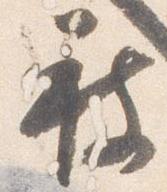
被